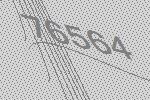
76564